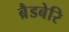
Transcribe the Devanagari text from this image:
ब्रैडबेरि